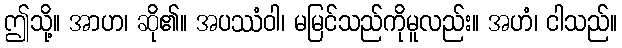
ဤသို့။ အာဟ၊ ဆို၏။ အပဿံဝါ၊ မမြင်သည်ကိုမူလည်း။ အဟံ၊ ငါသည်။